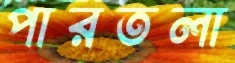
পারতলা